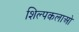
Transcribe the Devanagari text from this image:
शिल्पकलाओ